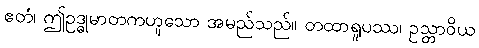
ဧတံ၊ ဤဥဒ္ဓုမာတကဟူသော အမည်သည်။ တထာရူပဿ၊ ဥသ္တာဝိယ